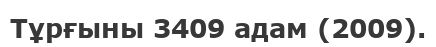
Тұрғыны 3409 адам (2009).